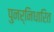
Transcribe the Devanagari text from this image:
पुनर्निधारित